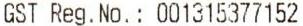
GST REG.NO. : 001315377152